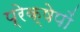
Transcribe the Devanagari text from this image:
प्रेक्षेपों